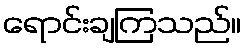
ရောင်းချကြသည်။